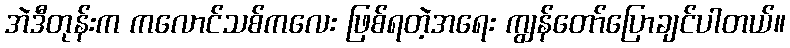
အဲဒီတုန်းက ကလောင်သစ်ကလေး ဖြစ်ရတဲ့အရေး ကျွန်တော်ပြောချင်ပါတယ်။